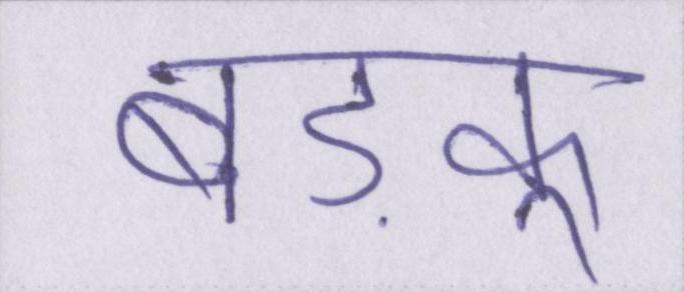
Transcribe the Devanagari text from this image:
बड़कू